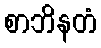
စာဘိနတံ